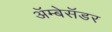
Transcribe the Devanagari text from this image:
अॅम्बेसॅडर